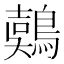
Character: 𪃇